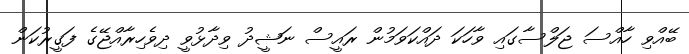
ބޭއްވި ހާއްސަ ޖަލްސާގައި ވާހަކަ ދައްކަވަމުން ރައީސް ނަޝީދު ވިދާޅުވީ ދިވެހިރާއްޖޭގެ ފަގީރުކަން